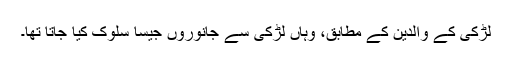
لڑکی کے والدین کے مطابق، وہاں لڑکی سے جانوروں جیسا سلوک کیا جاتا تھا۔